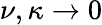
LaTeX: \nu,\kappa\to 0